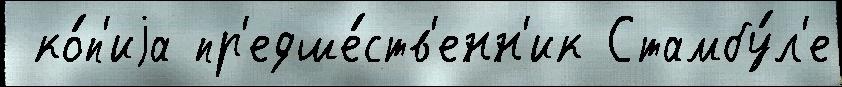
 ко́п'иjа пр'едше́ств'енн'ик Стамбу́л'е